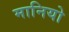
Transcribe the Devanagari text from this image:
मानियो